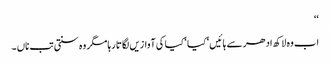
‘‘
اب وہ لاکھ ادھر سے ہائیں‘ کیا ‘ کیا کی آوازیں لگاتا رہا مگر وہ سنتی تب ناں ۔